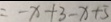
= - x + 3 - x + 5